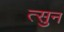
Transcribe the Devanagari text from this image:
त्सुन